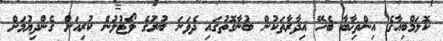
ކޮލަމްބިއާގެ އިންތިޚާބާ ބެހޭ އިދާރާތަކުން ބުނާގޮތުގައި ދެވަނަ ބުރުގެ ވޯޓުލުން ކުރިއަށް ގެންދިޔުމަށް